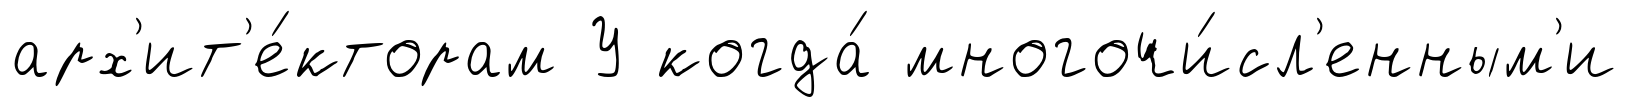
арх'ит'е́кторам У когда́ многочи́сл'енным'и